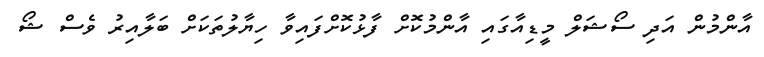
އާންމުން އަދި ސޯޝަލް މީޑިއާގައި އާންމުކޮށް ފާޅުކޮށްފައިވާ ހިޔާލުތަކަށް ބަލާއިރު ވެސް ޝޯ